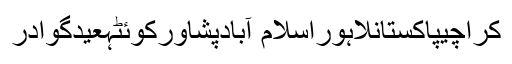
کراچیپاکستانلاہوراسلام آبادپشاورکوئٹہعیدگوادر